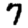
Digit: 7